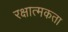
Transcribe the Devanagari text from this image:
रक्षात्मकता